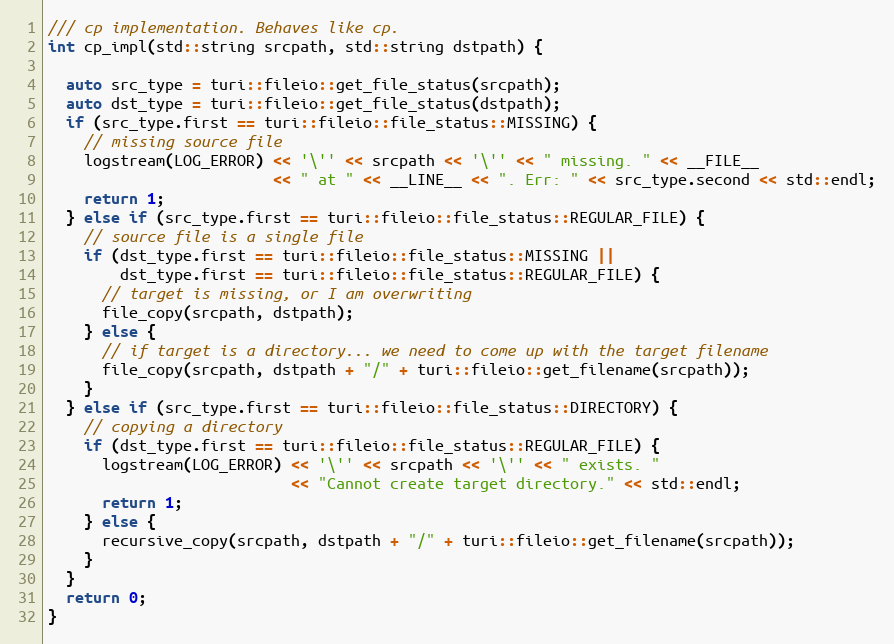
Language: C++
/// cp implementation. Behaves like cp.
int cp_impl(std::string srcpath, std::string dstpath) {

  auto src_type = turi::fileio::get_file_status(srcpath);
  auto dst_type = turi::fileio::get_file_status(dstpath);
  if (src_type.first == turi::fileio::file_status::MISSING) {
    // missing source file
    logstream(LOG_ERROR) << '\'' << srcpath << '\'' << " missing. " << __FILE__
                         << " at " << __LINE__ << ". Err: " << src_type.second << std::endl;
    return 1;
  } else if (src_type.first == turi::fileio::file_status::REGULAR_FILE) {
    // source file is a single file
    if (dst_type.first == turi::fileio::file_status::MISSING ||
        dst_type.first == turi::fileio::file_status::REGULAR_FILE) {
      // target is missing, or I am overwriting
      file_copy(srcpath, dstpath);
    } else {
      // if target is a directory... we need to come up with the target filename
      file_copy(srcpath, dstpath + "/" + turi::fileio::get_filename(srcpath));
    }
  } else if (src_type.first == turi::fileio::file_status::DIRECTORY) {
    // copying a directory
    if (dst_type.first == turi::fileio::file_status::REGULAR_FILE) {
      logstream(LOG_ERROR) << '\'' << srcpath << '\'' << " exists. "
                           << "Cannot create target directory." << std::endl;
      return 1;
    } else {
      recursive_copy(srcpath, dstpath + "/" + turi::fileio::get_filename(srcpath));
    }
  }
  return 0;
}